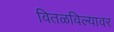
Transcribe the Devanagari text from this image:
वितळविल्यावर